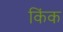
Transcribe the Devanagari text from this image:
किंक